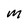
Character: M